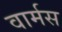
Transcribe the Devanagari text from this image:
वार्मस